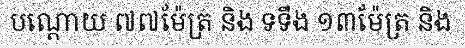
បណ្តោយ ៧៧ម៉ែត្រ និង ទទឹង ១៣ម៉ែត្រ និង